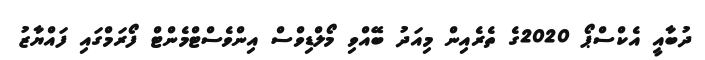
ދުބާއީ އެކްސްޕޯ 2020ގެ ތެރެއިން މިއަދު ބޭއްވި މޯލްޑިވްސް އިންވެސްޓްމެންޓް ފޯރަމްގައި ފައްޔާޒު